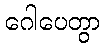
ဂေါပေတွာ